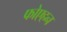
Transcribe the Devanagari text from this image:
फोएहन